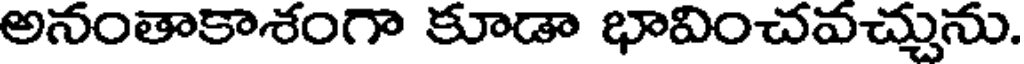
అనంతాకాశంగా కూడా భావించవచ్చును.